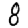
Digit: 8